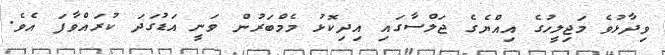
ވިދާޅުވެ މަޖިލީހުގެ އިއްޔެގެ ޖަލްސާގައި އިދިކޮޅު މެމްބަރުން ވަނީ އަޑުގަދަ ކުރައްވާފަ އެވެ.